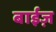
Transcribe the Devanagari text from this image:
बाईज़